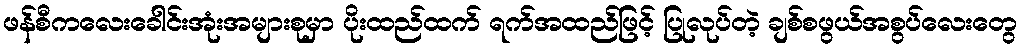
ဖန်စီကလေးခေါင်းအုံးအများစုမှာ ပိုးထည်ထက် ရက်အထည်ဖြင့် ပြုလုပ်တဲ့ ချစ်စဖွယ်အစွပ်လေးတွေ